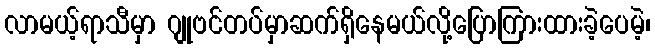
လာမယ့်ရာသီမှာ ဂျုဗင်တပ်မှာဆက်ရှိနေမယ်လို့ပြောကြားထားခဲ့ပေမဲ့၊